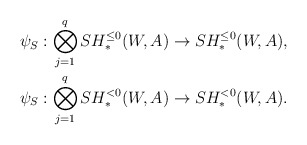
\begin{align*} \psi_S:\bigotimes_{j=1}^qSH_*^{\leq 0}(W,A) &\to SH_*^{\leq 0}(W,A), \cr \psi_S:\bigotimes_{j=1}^qSH_*^{<0}(W,A) &\to SH_*^{<0}(W,A). \end{align*}